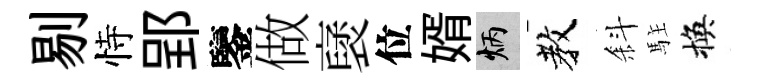
剔恃郢鑒做裦位婿炳教斜駐換